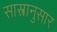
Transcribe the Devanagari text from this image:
सास्त्रानुसार